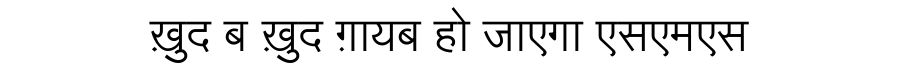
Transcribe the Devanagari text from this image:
ख़ुद ब ख़ुद ग़ायब हो जाएगा एसएमएस